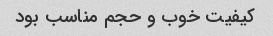
کیفیت خوب و حجم مناسب بود